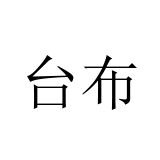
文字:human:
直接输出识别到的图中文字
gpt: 台布